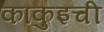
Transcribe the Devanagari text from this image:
काकुइची